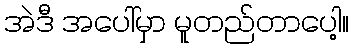
အဲဒီ အပေါ်မှာ မူတည်တာပေါ့။